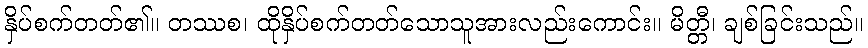
နှိပ်စက်တတ်၏။ တဿစ၊ ထိုနှိပ်စက်တတ်သောသူအားလည်းကောင်း။ မိတ္တီ၊ ချစ်ခြင်းသည်။